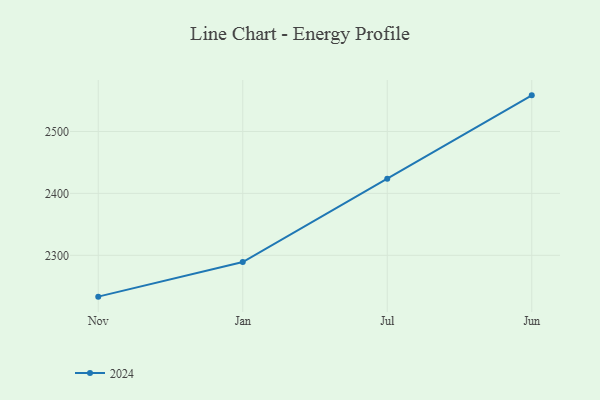
{"axis": {"x": "Month", "y": "Website Visitors"}, "legend": ["2024"], "data": [{"x": "Nov", "y": 2233.3, "type": "2024"}, {"x": "Jan", "y": 2289.2, "type": "2024"}, {"x": "Jul", "y": 2423.7, "type": "2024"}, {"x": "Jun", "y": 2558.3, "type": "2024"}]}